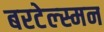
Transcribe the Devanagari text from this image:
बरटेल्स्मन